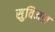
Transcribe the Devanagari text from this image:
सुविमल